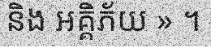
និង អគ្គិភ័យ » ។